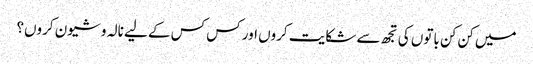
میں کن کن باتوں کی تجھ سے شکایت کروں اور کس کس کے لیے نالہ و شیون کروں؟